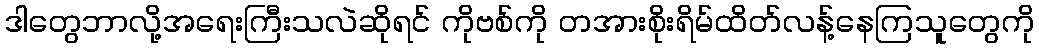
ဒါတွေဘာလို့အရေးကြီးသလဲဆိုရင် ကိုဗစ်ကို တအားစိုးရိမ်ထိတ်လန့်နေကြသူတွေကို